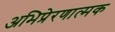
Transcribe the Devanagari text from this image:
अभिप्रेरणात्मक